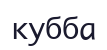
кубба